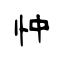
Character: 忡